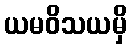
ယမဝိသယမှိ